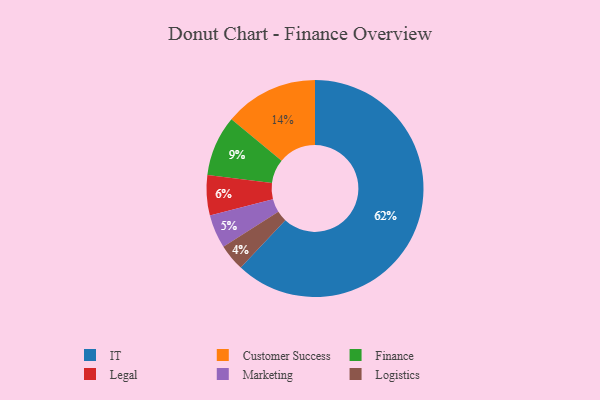
{"axis": {"x": "Category", "y": "Percentage"}, "legend": ["Customer Success", "Finance", "IT", "Legal", "Logistics", "Marketing"], "data": [{"x": "Customer Success", "y": 14, "type": "Customer Success"}, {"x": "Finance", "y": 9, "type": "Finance"}, {"x": "Legal", "y": 6, "type": "Legal"}, {"x": "IT", "y": 62, "type": "IT"}, {"x": "Logistics", "y": 4, "type": "Logistics"}, {"x": "Marketing", "y": 5, "type": "Marketing"}]}